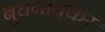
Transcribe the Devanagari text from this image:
बुधगावकर